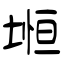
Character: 堩